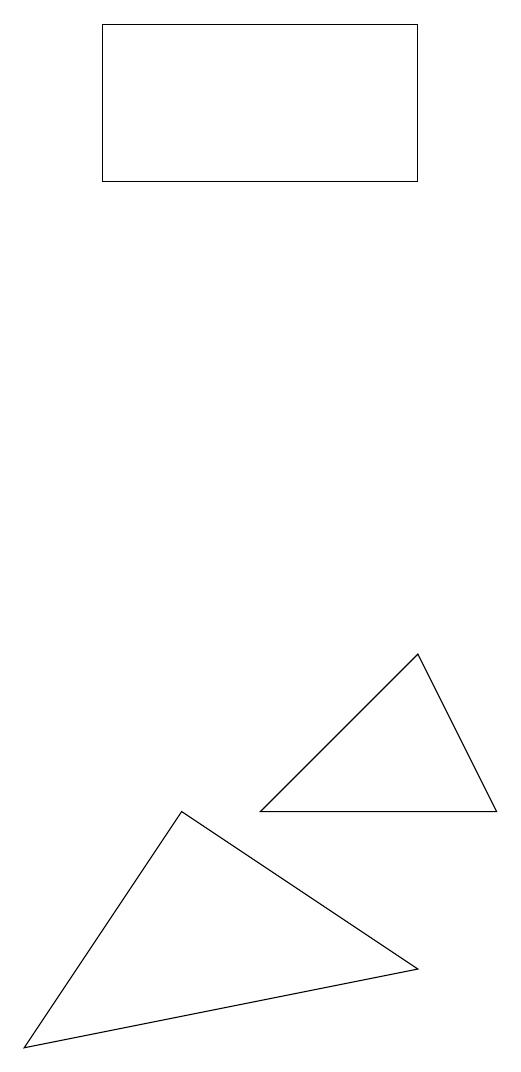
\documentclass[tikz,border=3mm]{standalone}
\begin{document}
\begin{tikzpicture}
\draw (7,15) rectangle (3,13);
\draw (2,2) -- (4,5) -- (7,3) -- cycle;
\draw (5,5) -- (7,7) -- (8,5) -- cycle;
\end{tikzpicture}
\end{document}